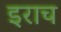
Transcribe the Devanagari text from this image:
इराच